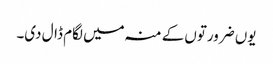
یوں ضرورتوں کے منہ میں لگام ڈال دی۔